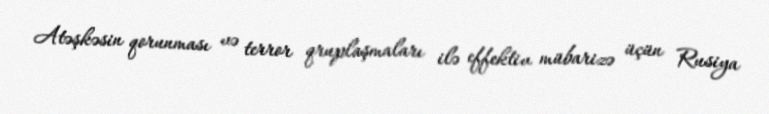
Atəşkəsin qorunması və terror qruplaşmaları ilə effektiv mübarizə üçün Rusiya